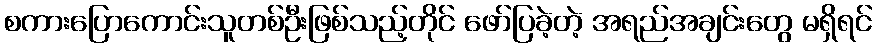
စကားပြောကောင်းသူတစ်ဦးဖြစ်သည့်တိုင် ဖော်ပြခဲ့တဲ့ အရည်အချင်းတွေ မရှိရင်